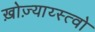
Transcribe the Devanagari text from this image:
ख़ोज़्याय्स्त्वो